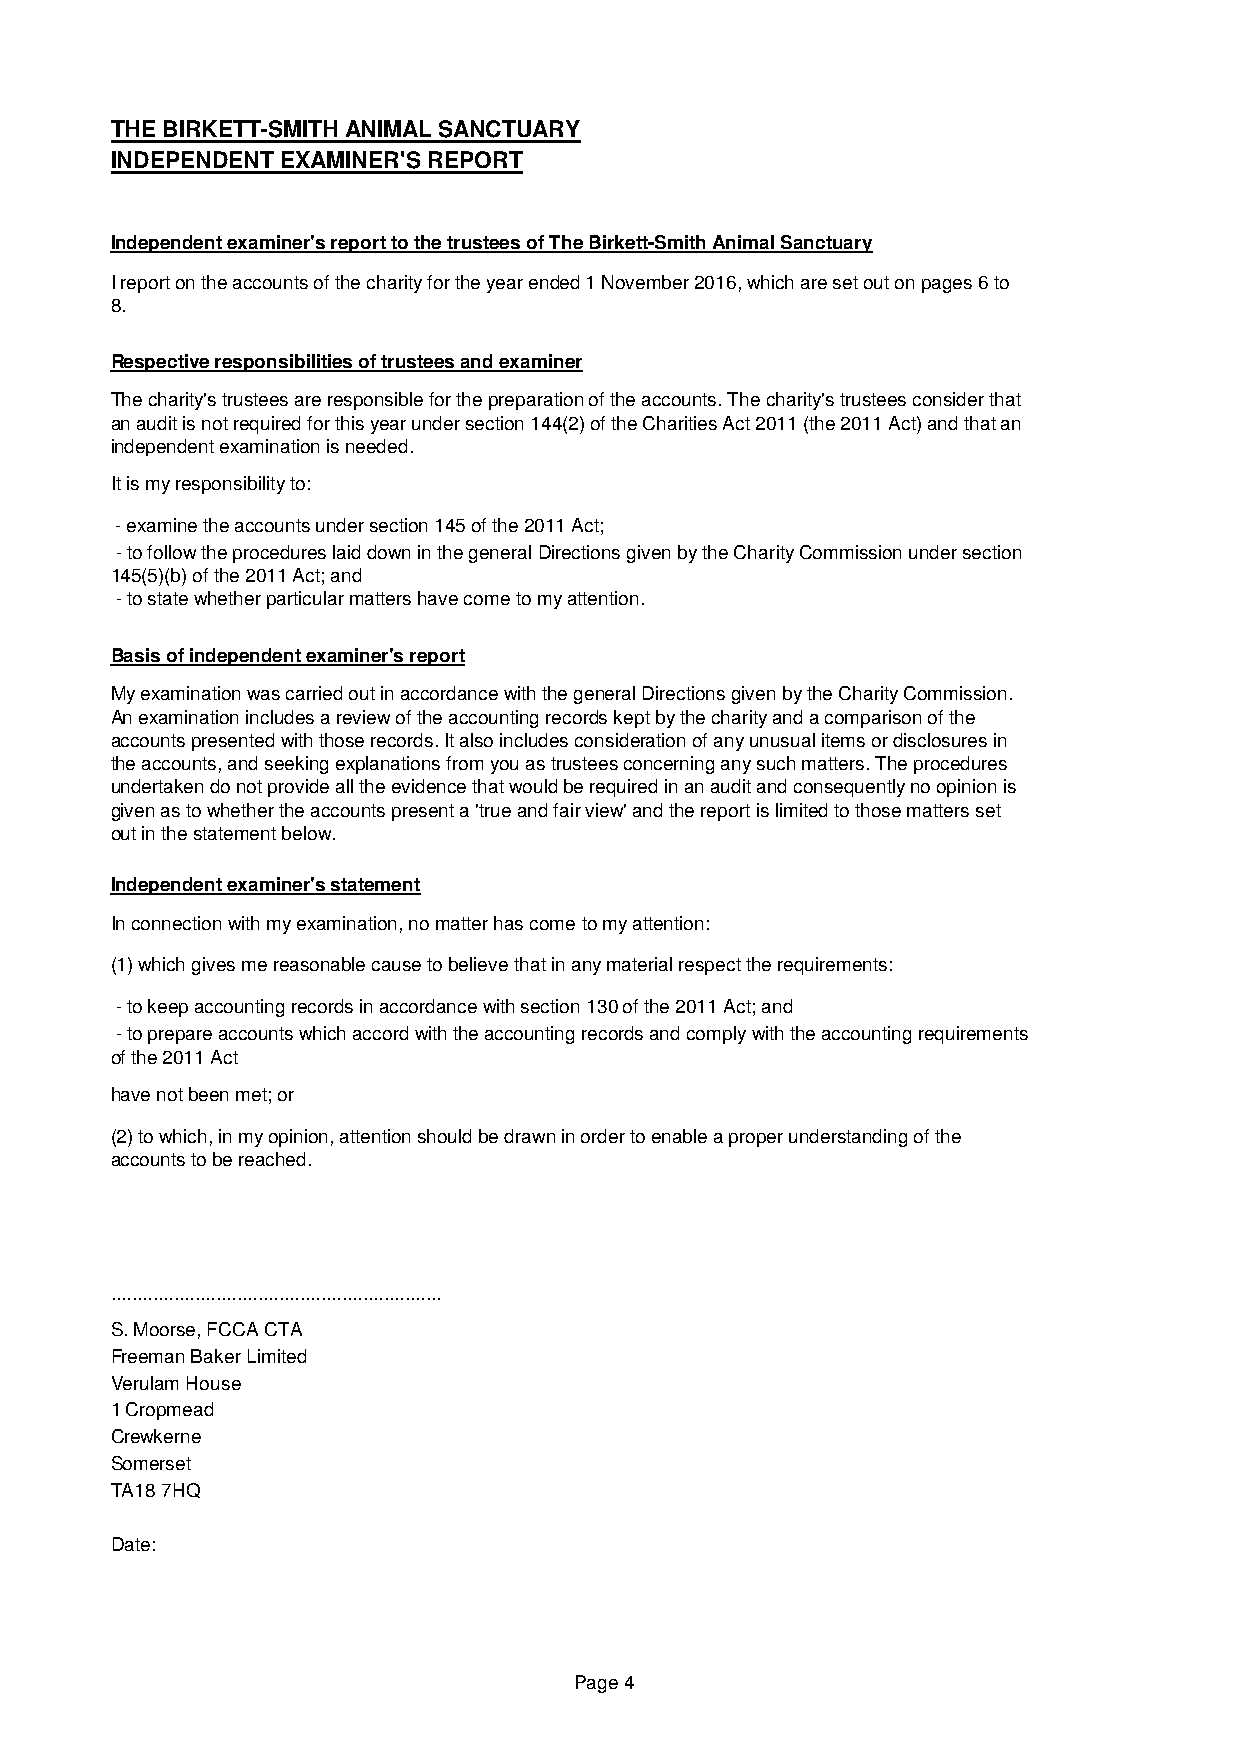
THE BIRKETT-SMITH ANIMAL SANCTUARY
 INDEPENDENT EXAMINER'S REPORT
 Independent examiner's report to the trustees of The Birkett-Smith Animal Sanctuary
 I report on the accounts of the charity for the year ended 1 November 2016, which are set out on pages 6 to
 8.
 Respective responsibilities of trustees and examiner
 The charity's trustees are responsible for the preparation of the accounts. The charity's trustees consider that
 an audit is not required for this year under section 144(2) of the Charities Act 2011 (the 2011 Act) and that an
 independent examination is needed.
 It is my responsibility to:
 - examine the accounts under section 145 of the 2011 Act;
 - to follow the procedures laid down in the general Directions given by the Charity Commission under section
 145(5)(b) of the 2011 Act; and
 - to state whether particular matters have come to my attention.
 Basis of independent examiner's report
 My examination was carried out in accordance with the general Directions given by the Charity Commission.
 An examination includes a review of the accounting records kept by the charity and a comparison of the
 accounts presented with those records. It also includes consideration of any unusual items or disclosures in
 the accounts, and seeking explanations from you as trustees concerning any such matters. The procedures
 undertaken do not provide all the evidence that would be required in an audit and consequently no opinion is
 given as to whether the accounts present a 'true and fair view' and the report is limited to those matters set
 out in the statement below.
 Independent examiner's statement
 In connection with my examination, no matter has come to my attention:
 (1) which gives me reasonable cause to believe that in any material respect the requirements:
 - to keep accounting records in accordance with section 130 of the 2011 Act; and
 - to prepare accounts which accord with the accounting records and comply with the accounting requirements
 of the 2011 Act
 have not been met; or
 (2) to which, in my opinion, attention should be drawn in order to enable a proper understanding of the
 accounts to be reached.
 ...............................................................
 S. Moorse, FCCA CTA
 Freeman Baker Limited
 Verulam House
 1 Cropmead
 Crewkerne
 Somerset
 TA18 7HQ
 Date:
 Page 4